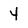
Character: 4